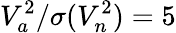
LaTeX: V_{a}^{2}/\sigma(V_{n}^{2})=5